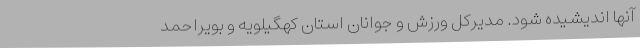
آنها اندیشیده شود. مدیرکل ورزش و جوانان استان کهگیلویه و بویراحمد